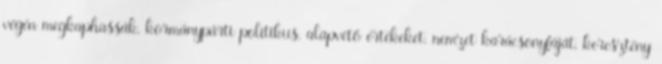
végén megkaphassák, kormánypárti politikus, alapvető értékeket, nemzet karácsonyfáját, keresztény